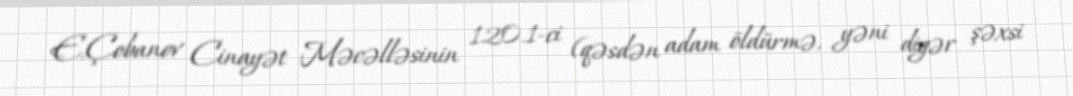
E.Çobanov Cinayət Məcəlləsinin 120.1-ci (qəsdən adam öldürmə, yəni digər şəxsi